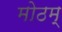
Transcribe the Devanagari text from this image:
मोठम्‌